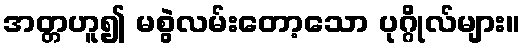
အတ္တဟူ၍ မစွဲလမ်းတော့သော ပုဂ္ဂိုလ်များ။